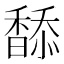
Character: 𩡋